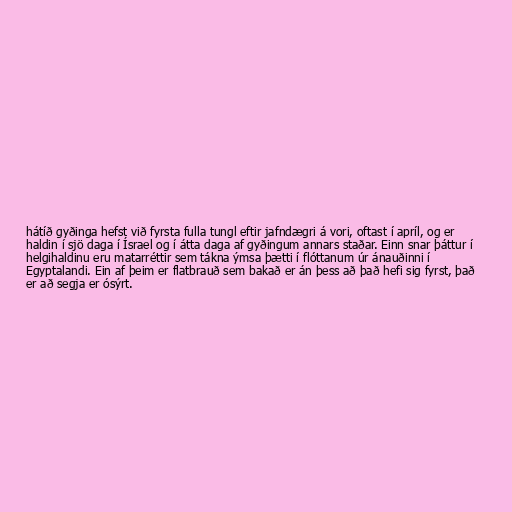
hátíð gyðinga hefst við fyrsta fulla tungl eftir jafndægri á vori, oftast í apríl, og er
haldin í sjö daga í Ísrael og í átta daga af gyðingum annars staðar. Einn snar þáttur í
helgihaldinu eru matarréttir sem tákna ýmsa þætti í flóttanum úr ánauðinni í
Egyptalandi. Ein af þeim er flatbrauð sem bakað er án þess að það hefi sig fyrst, það
er að segja er ósýrt.